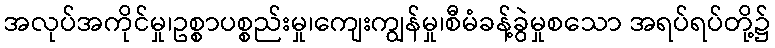
အလုပ်အကိုင်မှု၊ဥစ္စာပစ္စည်းမှု၊ကျေးကျွန်မှု၊စီမံခန့်ခွဲမှုစသော အရပ်ရပ်တို့၌